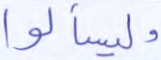
وليسألوا